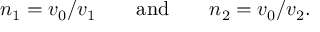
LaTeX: n _ { 1 } = v _ { 0 } / v _ { 1 } \qquad \mathrm { a n d } \qquad n _ { 2 } = v _ { 0 } / v _ { 2 } .